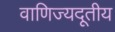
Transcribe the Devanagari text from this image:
वाणिज्यदूतीय